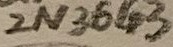
Text: 2N3643